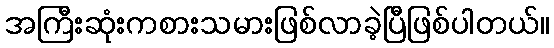
အကြီးဆုံးကစားသမားဖြစ်လာခဲ့ပြီဖြစ်ပါတယ်။